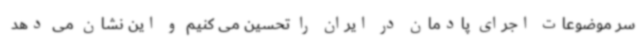
سر موضوعات اجرای پادمان در ایران را تحسین می کنیم و این نشان می دهد